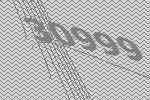
30999